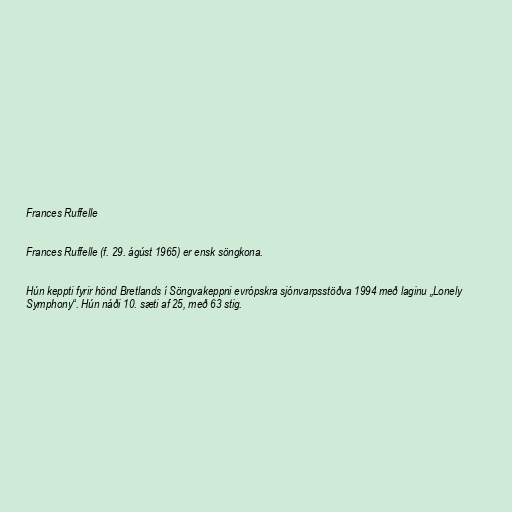
Frances Ruffelle

Frances Ruffelle (f. 29. ágúst 1965) er ensk söngkona.

Hún keppti fyrir hönd Bretlands í Söngvakeppni evrópskra sjónvarpsstöðva 1994 með laginu „Lonely
Symphony“. Hún náði 10. sæti af 25, með 63 stig.